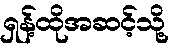
ရှန့်ထိုအဆင့်သို့